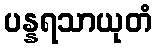
ပန္နရသာယုတံ